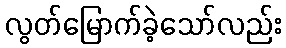
လွတ်မြောက်ခဲ့သော်လည်း